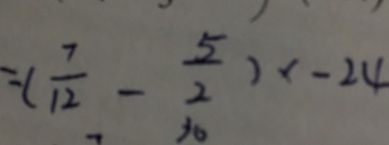
= ( \frac { 7 } { 1 2 } - \frac { 5 } { 2 } ) x - 2 4